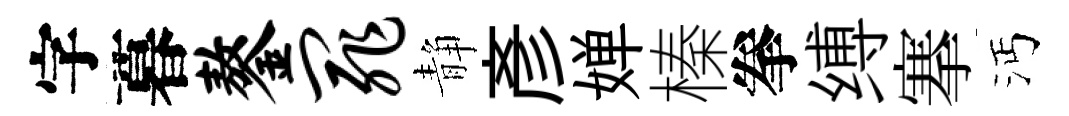
字暮鏊罪静彦婵榛拳缚搴沔